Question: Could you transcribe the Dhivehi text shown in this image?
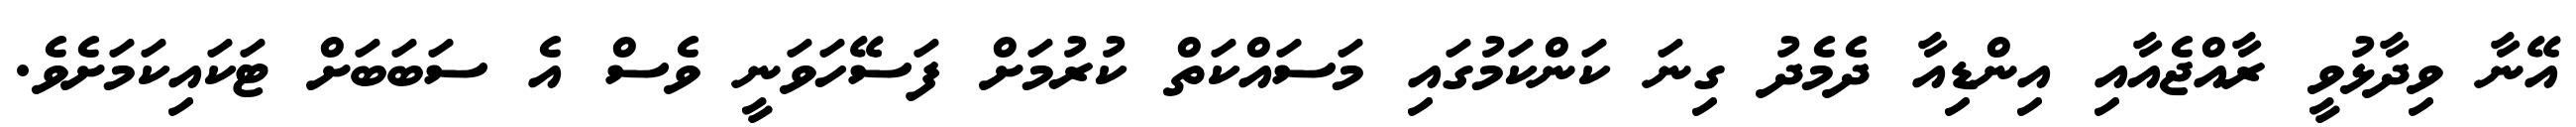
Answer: އޭނާ ވިދާޅުވީ ރާއްޖެއާއި އިންޑިއާ ދެމެދު ގިނަ ކަންކަމުގައި މަސައްކަތް ކުރުމަށް ފަސޭހަވަނީ ވެސް އެ ސަބަބަށް ޓަކައިކަމަށެވެ.